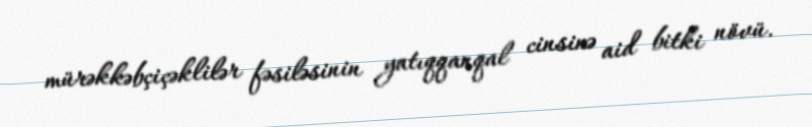
mürəkkəbçiçəklilər fəsiləsinin yatıqqanqal cinsinə aid bitki növü.